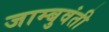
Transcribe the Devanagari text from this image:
जाम्बुवंती